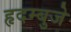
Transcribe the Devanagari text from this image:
हृदम्बुजे